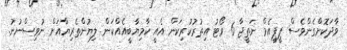
ވާދަކޮށްގެންވެސް ޕީޕީއެމް ނަތީޖާ 6 ވޯޓު އިތުރުކުރިކަން އެއީ ކާމިޔާބީއެއްކަން ލިޔުންތެރިޔާއަށް ނުވިސްނުނު.